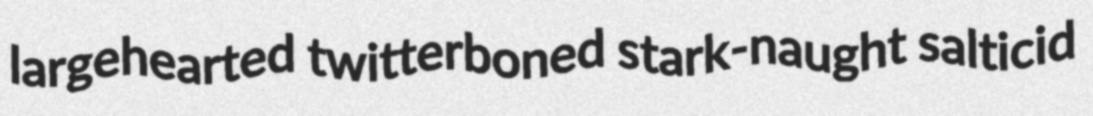
largehearted twitterboned stark-naught salticid